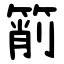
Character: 箾